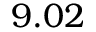
9 . 0 2